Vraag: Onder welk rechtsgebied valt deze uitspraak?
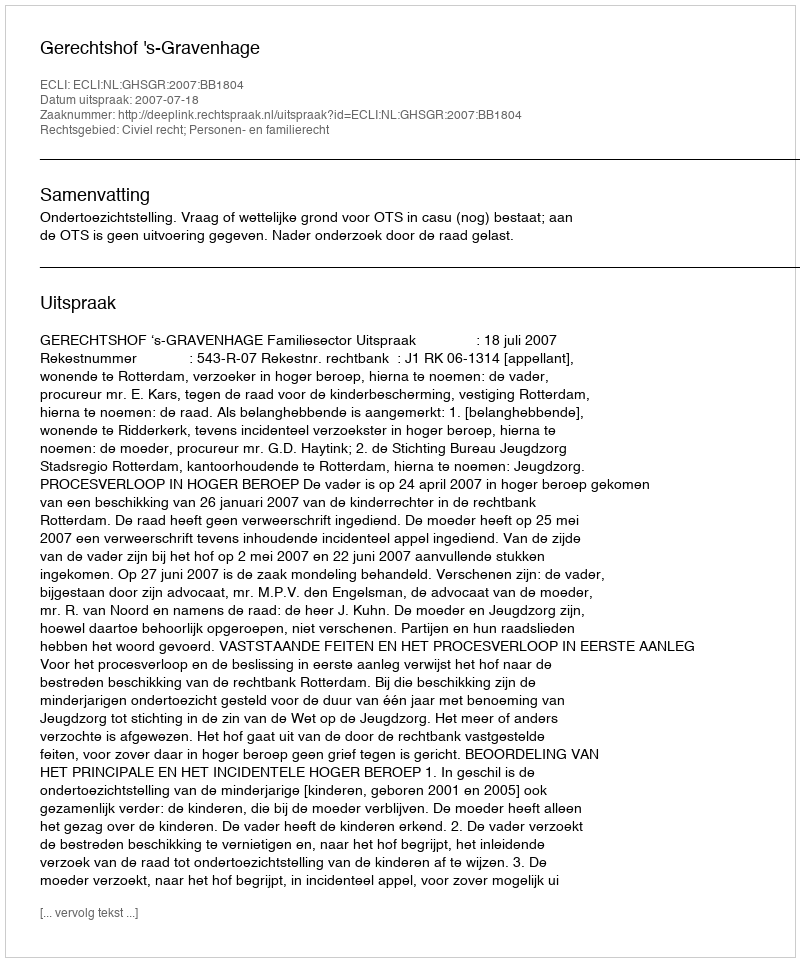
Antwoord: Civiel recht; Personen- en familierecht